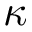
\kappa